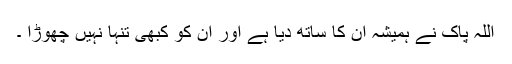
اللہ پاک نے ہمیشہ ان کا ساتھ دیا ہے اور ان کو کبھی تنہا نہیں چھوڑا ۔